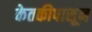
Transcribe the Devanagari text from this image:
केतकीपासून